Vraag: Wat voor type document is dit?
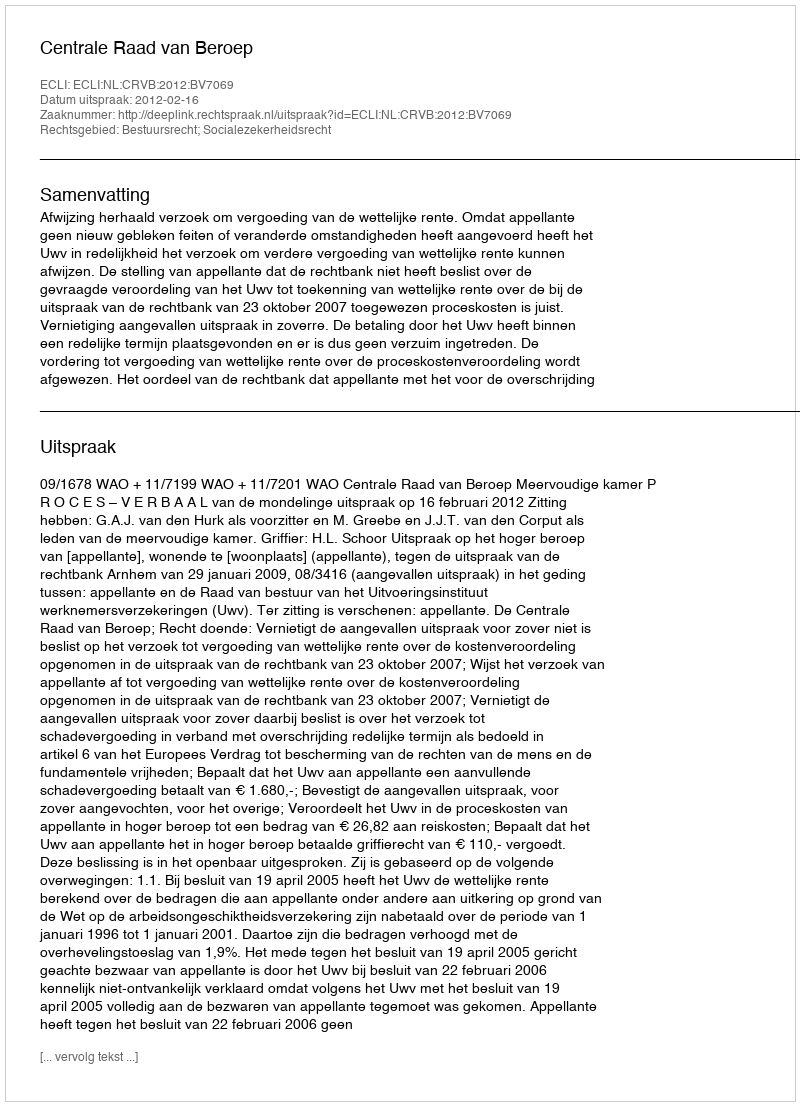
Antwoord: Uitspraak